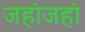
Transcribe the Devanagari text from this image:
जहांजहां